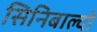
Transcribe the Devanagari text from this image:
सिनिबाल्दो